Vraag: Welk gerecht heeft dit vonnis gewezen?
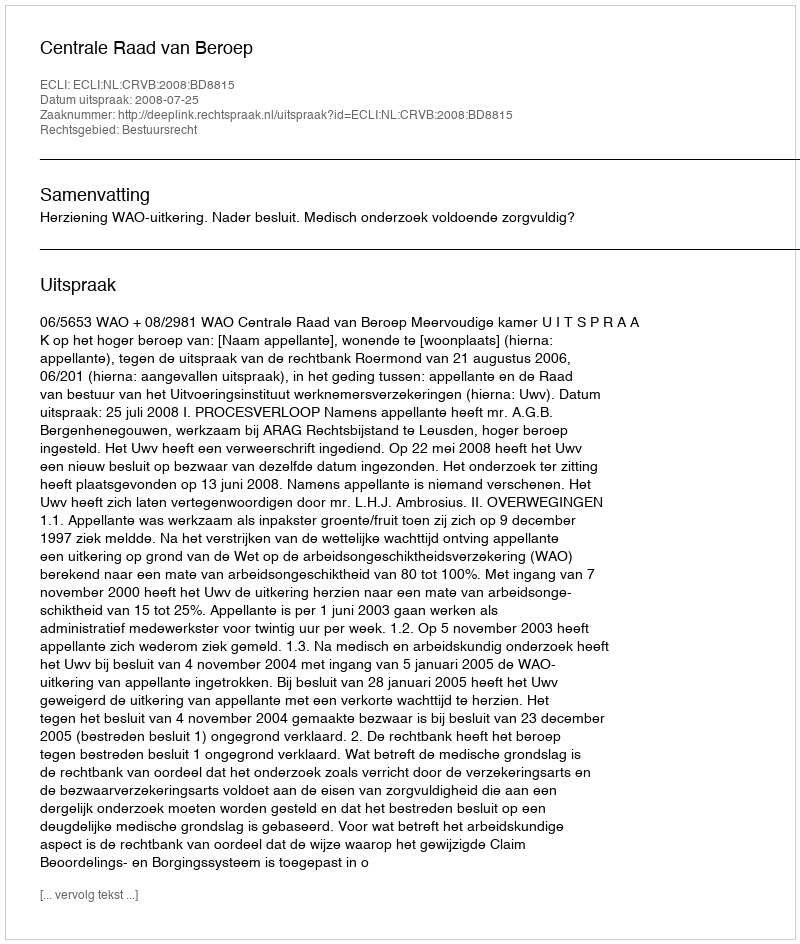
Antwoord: Centrale Raad van Beroep